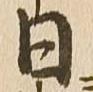
日